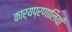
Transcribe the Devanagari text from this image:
कार्यप्रणालियाँ